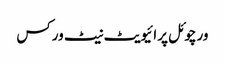
ورچوئل پرائیویٹ نیٹ ورکس